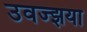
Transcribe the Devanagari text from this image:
उवज्झया